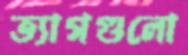
ত্যাগগুলো